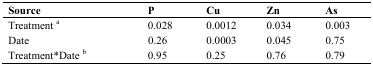
<table><thead><tr><td><b>Source</b></td><td><b>P</b></td><td><b>Cu</b></td><td><b>Zn</b></td><td><b>As</b></td></tr></thead><tbody><tr><td>Treatment <sup>a</sup></td><td>0.028</td><td>0.0012</td><td>0.034</td><td>0.003</td></tr><tr><td>Date</td><td>0.26</td><td>0.0003</td><td>0.045</td><td>0.75</td></tr><tr><td>Treatment*Date <sup>b</sup></td><td>0.95</td><td>0.25</td><td>0.76</td><td>0.79</td></tr></tbody></table>